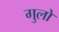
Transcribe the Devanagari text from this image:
गुलो